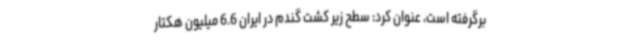
برگرفته است، عنوان کرد: سطح زیر کشت گندم در ایران 6.6 میلیون هکتار